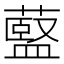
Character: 𫉶